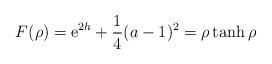
LaTeX: \begin{align*}F (\rho )= {\rm e}^{2h} + \frac{1}{4} (a-1)^2 = \rho \tanh \rho\end{align*}